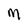
Character: M